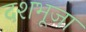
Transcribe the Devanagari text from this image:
दशभूजा